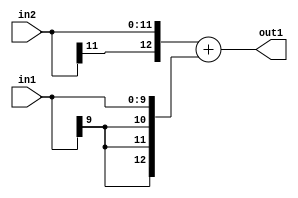
`timescale 1ps / 1ps
/*****************************************************************************
    Verilog RTL Description
    
    
    Created by: Stratus DpOpt 2019.1.01 
*******************************************************************************/

module DC_Filter_Add_12Sx10S_13S_1 (
	in2,
	in1,
	out1
	); /* architecture "behavioural" */ 
input [11:0] in2;
input [9:0] in1;
output [12:0] out1;
wire [12:0] asc001;

assign asc001 = 
	+({in2[11], in2})
	+({{3{in1[9]}}, in1});

assign out1 = asc001;
endmodule

/* CADENCE  ubPyTAA= : u9/ySgnWtBlWxVPRXgAZ4Og= ** DO NOT EDIT THIS LINE ******/